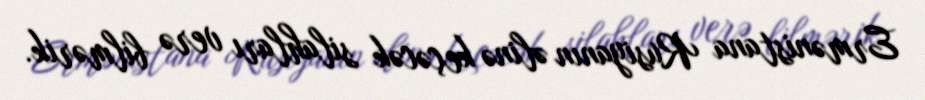
Ermənistana Rusiyanın əlinə keçəcək silahları verə bilmərik.